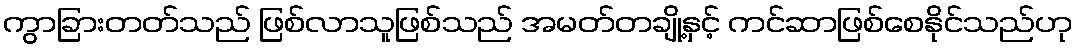
ကွာခြားတတ်သည် ဖြစ်လာသူဖြစ်သည် အမတ်တချို့နှင့် ကင်ဆာဖြစ်စေနိုင်သည်ဟု